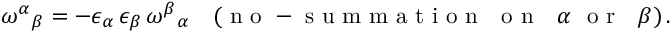
\omega ^ { \alpha } { } _ { \beta } = - \epsilon _ { \alpha } \, \epsilon _ { \beta } \, \omega ^ { \beta } { } _ { \alpha } \quad ( \mathrm { ~ n ~ o ~ - ~ s ~ u ~ m ~ m ~ a ~ t ~ i ~ o ~ n ~ ~ ~ o ~ n ~ ~ ~ } \alpha ~ \mathrm { ~ o ~ r ~ ~ ~ } \beta ) \, .